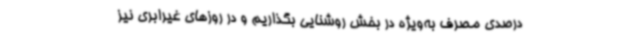
درصدی مصرف به‌ویژه در بخش روشنایی بگذاریم و در روزهای غیرابری نیز